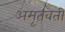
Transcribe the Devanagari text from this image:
अमृतवती